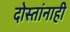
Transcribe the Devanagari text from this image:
दोस्तांनाही